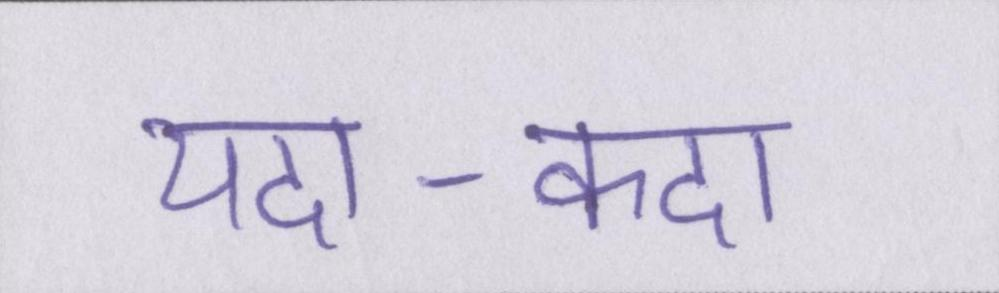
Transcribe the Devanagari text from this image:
यदा-कदा